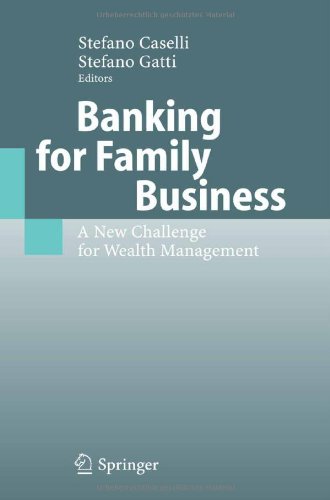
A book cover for Banking for Family Business: A New Challenge for Wealth Management; Business & Money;